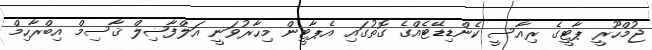
ޖުމްހޫރީ ޕާޓީގެ ރިއާސީ ކެންޑިޑޭޓެއްގެ ގޮތުގައި އެޕާޓީން މިހާރުވަނީ އަލްފާޟިލް ޤާސިމް އިބްރާހިމް